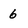
Character: 6